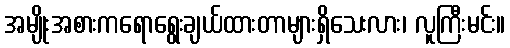
အမျိုးအစားကရောရွေးချယ်ထားတာများရှိသေးလား၊ လူကြီးမင်း။